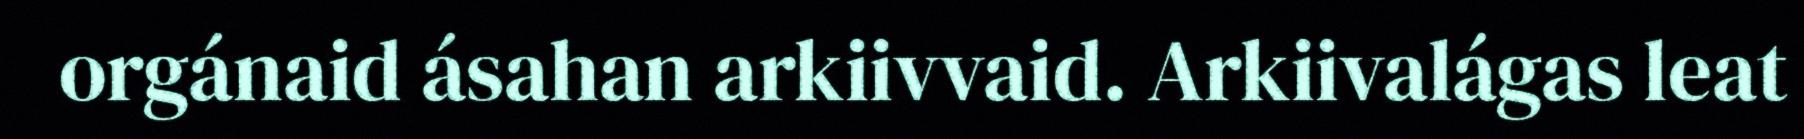
orgánaid ásahan arkiivvaid. Arkiivalágas leat